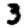
Digit: 3